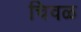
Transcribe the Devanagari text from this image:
चिवळ